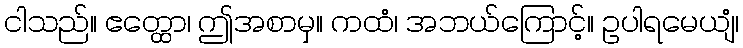
ငါသည်။ ဧတ္ထော၊ ဤအစာမှ။ ကထံ၊ အဘယ်ကြောင့်။ ဥပါရမေယျံ၊